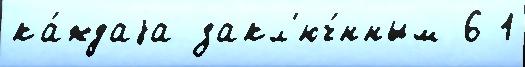
ка́ждаjа закл'юч́нным 6 1